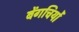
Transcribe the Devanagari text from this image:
बेंगचियों